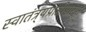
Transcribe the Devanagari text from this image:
स्वातंत्र्यप्राप्तीपासून